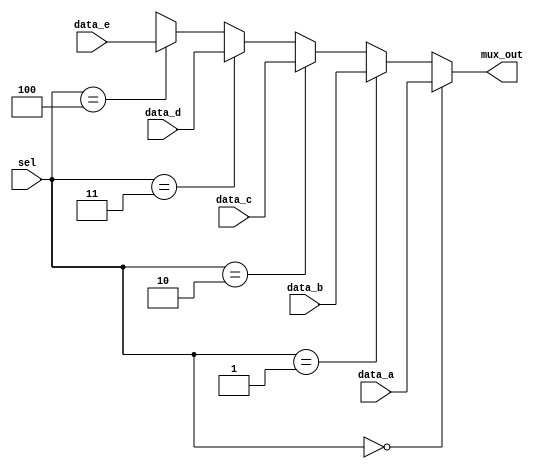
module Multiplexer_5ch_8bit (mux_out, data_a, data_b, data_c, data_d, data_e, sel);
  parameter word_size = 8;
  parameter address_size = 8;
  output [word_size-1: 0] 	mux_out;
  input 	[word_size-1: 0] 	data_a, data_b, data_c, data_d,data_e;
  input 	[2: 0] sel;
 
  assign  mux_out = 	(sel == 0) ? data_a: 
			        	(sel == 1) ? data_b : 
			       	(sel == 2) ? data_c: 
				(sel == 3) ? data_d : 
				(sel == 4) ? data_e :'bx;
endmodule